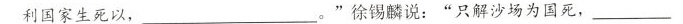
利国家生死以，___。”徐锡麟说：”只解沙场为国死，___